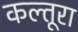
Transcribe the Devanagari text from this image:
कल्तूरा